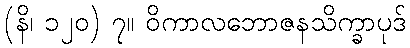
(နိ၊ ၁၂၀) ၇။ ဝိကာလဘောဇနသိက္ခာပုဒ်